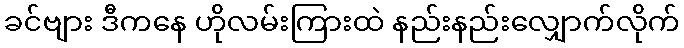
ခင်ဗျား ဒီကနေ ဟိုလမ်းကြားထဲ နည်းနည်းလျှောက်လိုက်